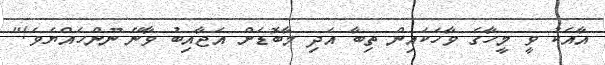
އާއެކު ވީ މީހާގެ ވާހަކައިން ތިބާ އަދި މާބޮޑަށް އަޖާއިބު ވާނޭ ނޫންހެއްޔެވެ!"